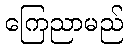
ကြေညာမည်